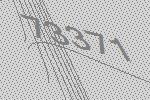
73371